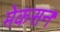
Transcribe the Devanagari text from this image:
मेकसन